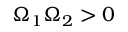
\Omega _ { 1 } \Omega _ { 2 } > 0